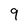
Character: 9